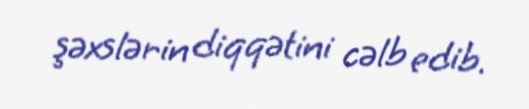
şəxslərin diqqətini cəlb edib.